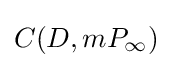
C(D,mP_{\infty })